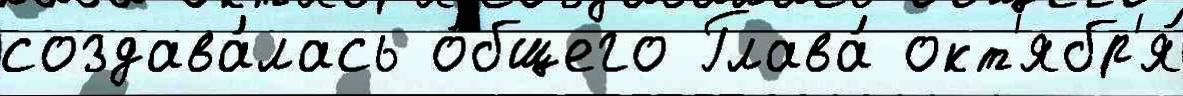
создава́лась о́бщего Глава́ окт'ябр'я́